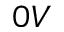
0 V